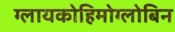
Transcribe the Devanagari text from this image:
ग्लायकोहिमोग्लोबिन